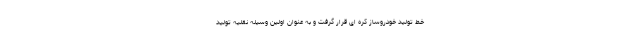
خط تولید خودروساز کره ای قرار گرفت و به عنوان اولین وسیله نقلیه تولید